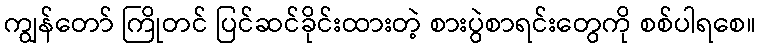
ကျွန်တော် ကြိုတင် ပြင်ဆင်ခိုင်းထားတဲ့ စားပွဲစာရင်းတွေကို စစ်ပါရစေ။